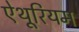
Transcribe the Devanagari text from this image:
ऐथूरियम